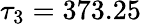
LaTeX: \tau_{3}=373.25